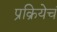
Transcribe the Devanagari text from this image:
प्रक्रियेचं